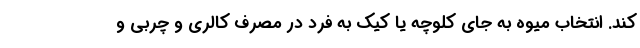
کند. انتخاب میوه به جای کلوچه یا کیک به فرد در مصرف کالری و چربی و